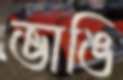
ভাঙি